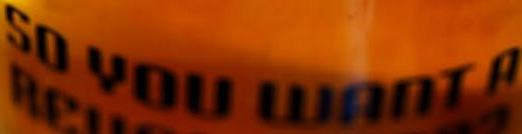
SO YOU WANT A